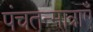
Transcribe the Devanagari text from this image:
पंचतन्मात्राएँ